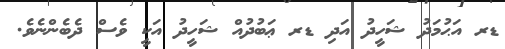
ޑރ އަޙުމަދު ޝަހީދު އަދި ޑރ ޢަބުދުއް ޝަހީދު އަކީ ވެސް ދެބެންނެވެ.